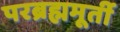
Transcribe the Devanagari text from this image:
परब्रह्ममूर्ती